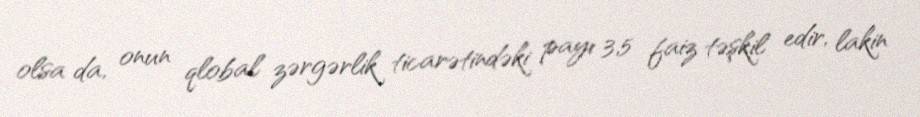
olsa da, onun qlobal zərgərlik ticarətindəki payı 3,5 faiz təşkil edir, lakin